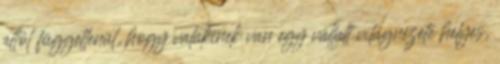
attól függetlenül, hogy valakinek van egy vállalt világnézete helyes,